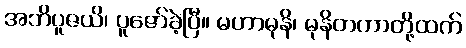
အဘိပူဇယိ၊ ပူဇော်ခဲ့ပြီ။ မဟာမုနိ၊ မုနိတကာတို့ထက်